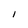
Character: I